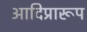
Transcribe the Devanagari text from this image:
आदिप्रारूप